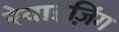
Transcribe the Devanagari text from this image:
रेवाइज़िंग